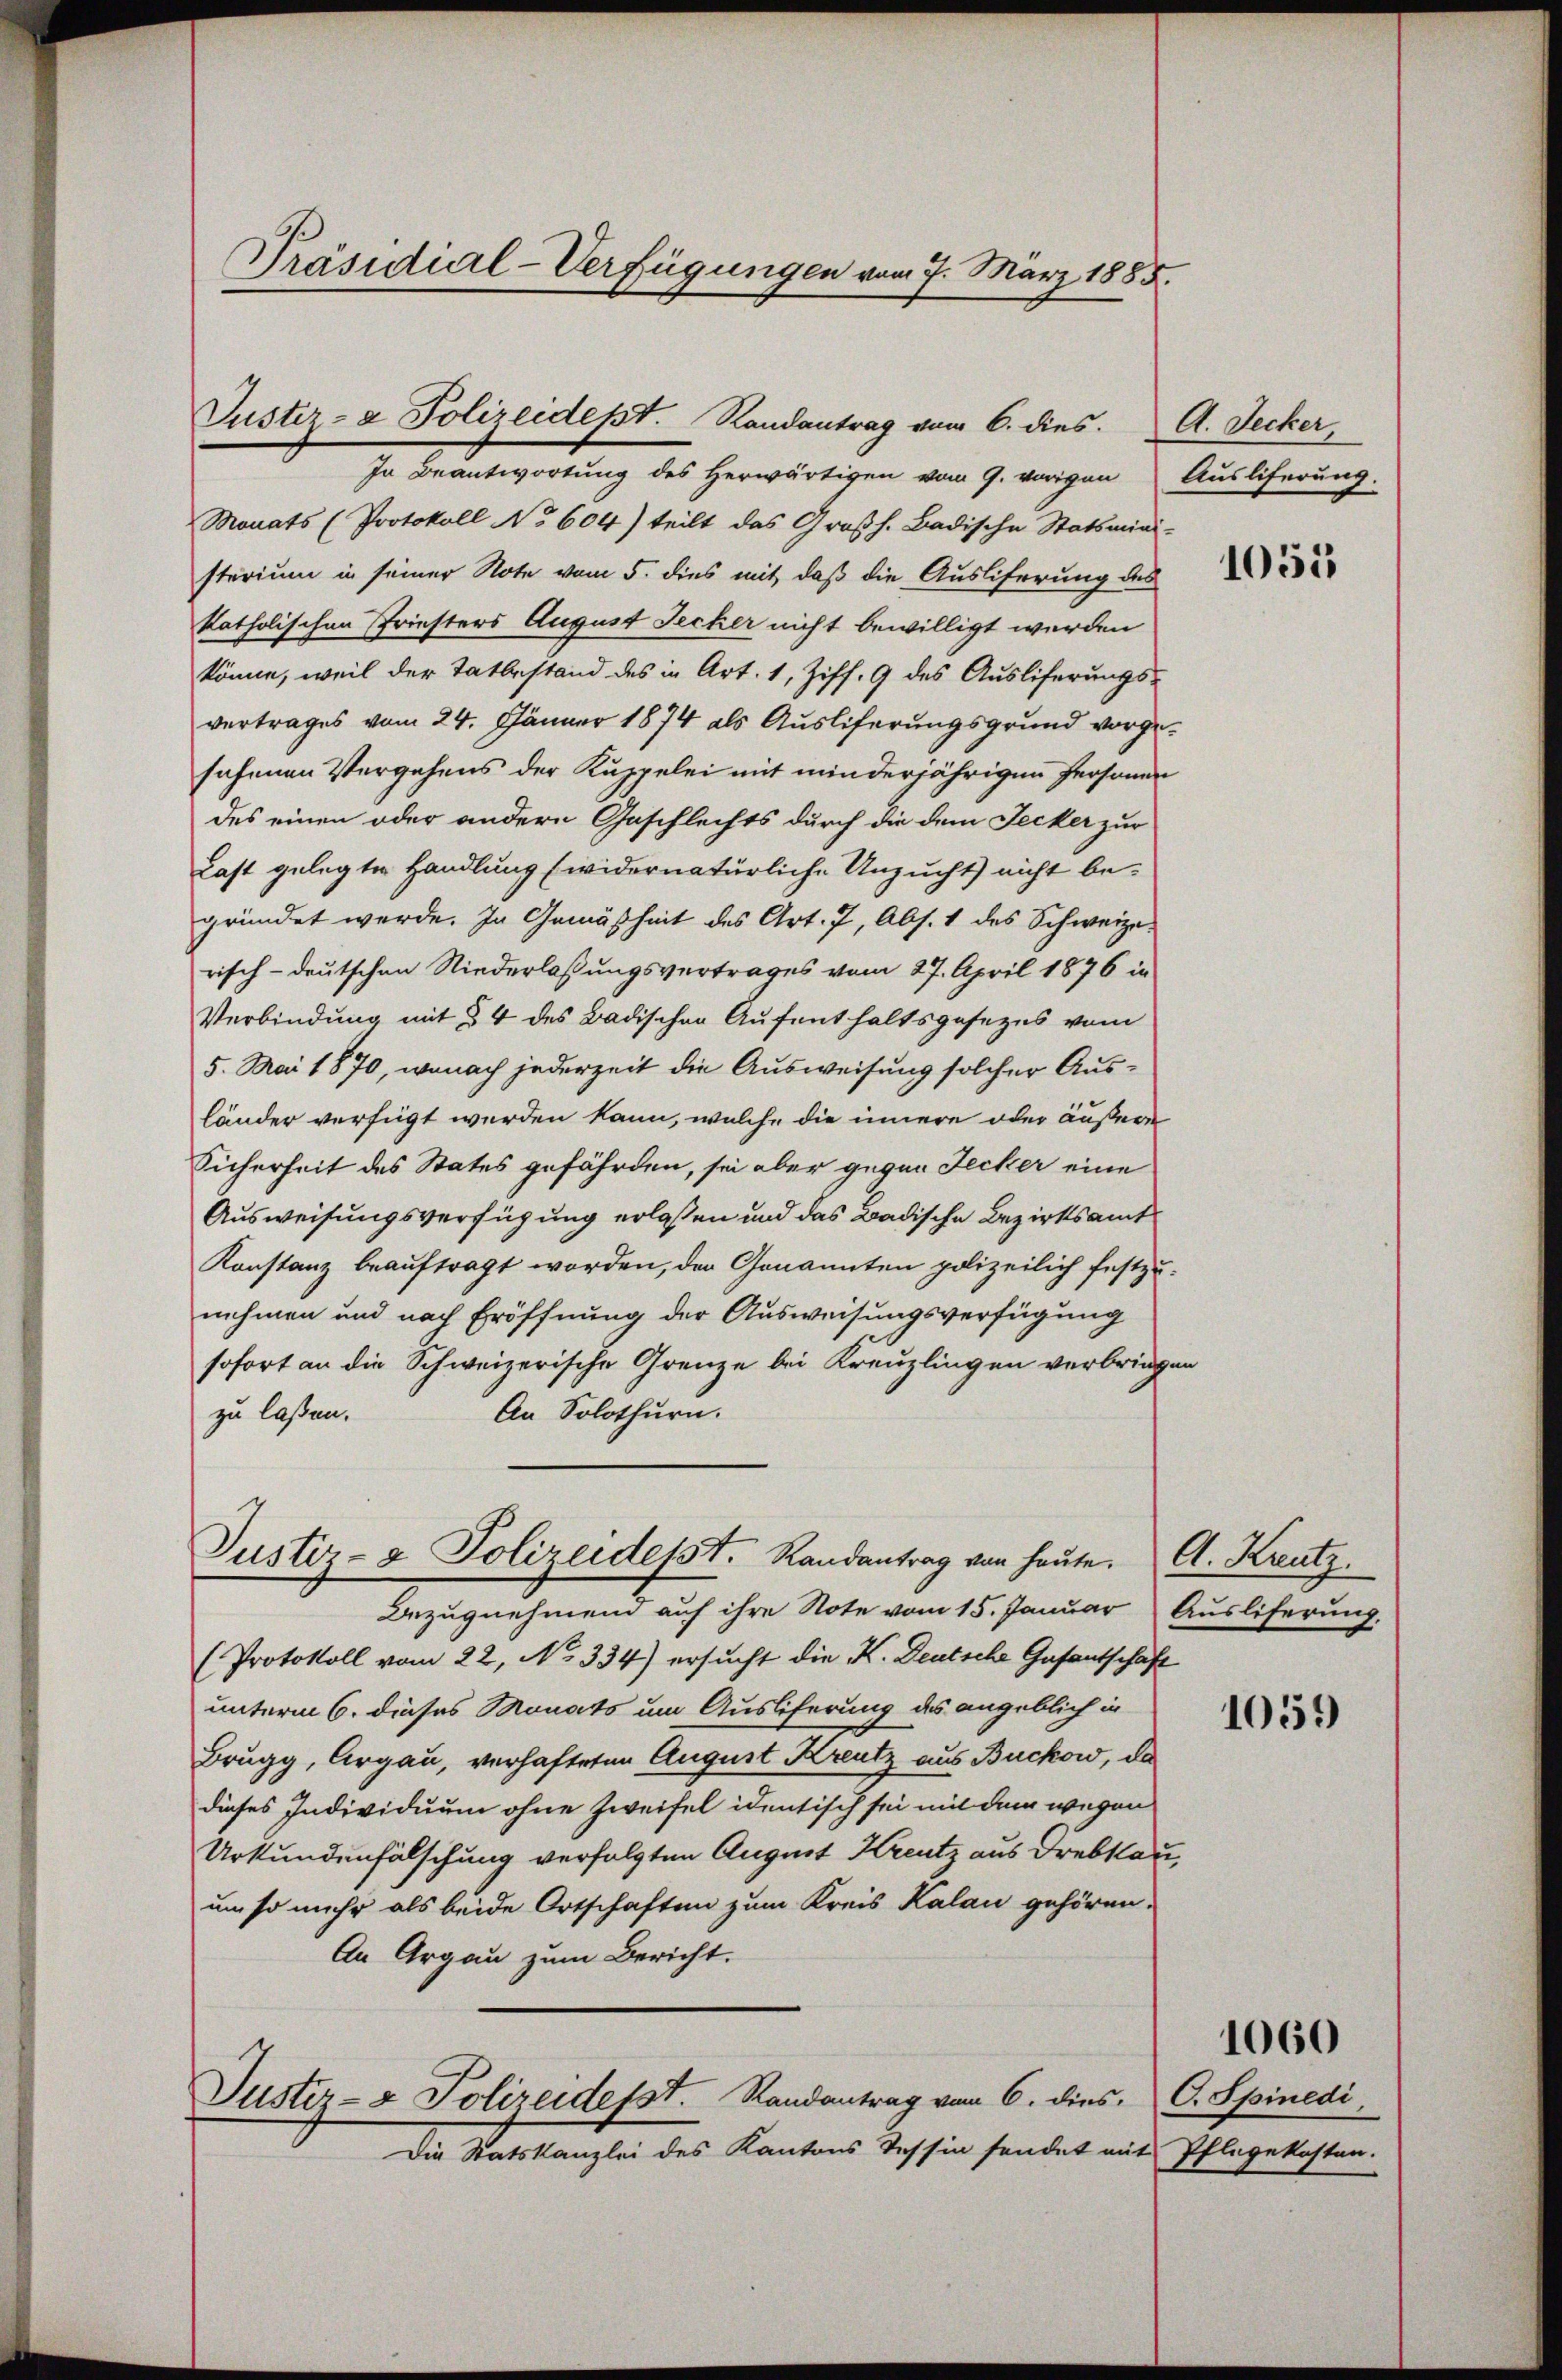
Präsidial-Verfügungen vom 7. März 1885.

Justiz- & Polizeidept. Randantrag vom 6. dies

In Beantwortung des Herwärtigen vom 9. vorigen Ausliferung.
Monats (Protokoll No 604) teilt das Großh. Badische Statsmini-
sterium in seiner Note vom 5. dies mit, daß die Ausliferung des
katholischen Friesters August Secker nicht bewilligt werden
könne, weil der Tatbestand des in Art. 1, Ziff. 9 des Ausliferungsvertrages vom 24. Jänner 1874 als Ausliferungsgrund vorgesachenen Vergehens der Kuppelei mit minderjährigen Personen
des einen oder andern Geschlechts durch die dem Jecker zur
Last gelegte Handlung widernatürliche Unzucht) nicht begründet werde. In Gemäßheit des Art. 7, Abs. 1 des Schweizerisch-deutschen Niederlaßungsvertrages vom 27. April 1876 in
Verbindung mit § 4 des Badischen Aufenthaltsgesezes vom
5. Mai 1870, wonach jederzeit die Ausweisung solcher Ausländer verfügt werden kann, welche die innere oder äußere
Sicherheit des Status gefährden, sei aber gegen Jecker eine
Ausweisungsverfügung erlassen und das Badische Bezirksamt
Konstanz beauftragt worden, der Genannten polizeilich festzunehmen und nach Eröffnung der Ausweisungsverfügung
sofort an die Schweizerische Grenze bei Kreuzlingen verbringen
An Solothurn.
zu laßen.
Justiz- & Polizeidesst. Randantrag von heute. A. Kreutz.
Bezugnehmen auf ihre Note vom 15. Januar Ausliferung.
(Protokoll vom 22. No 334) ersucht die K. Deutsche Gasantschaft
unterm 6. dieses Monats um Auslieferung des angeblich in
Brugg, Argau, verhafteten August Kreutz aus Buckow, da
dieses Individuum ohne Zweifel identisch sei mit dem wegen
Urkundenfälschung verfolgten August Kreutz aus Drebsau,
um so mehr als beide Ortschaften zum Kreis Kalau gehören.
An Argau zum Bericht.
Justiz- & Polizeidesst. Randantrag vom 6. dies C. Spinedi
Die Statskanzlei des Kantons Tessin sendet mit Pflegekosten.

A. Decker,

1055

1059

1060